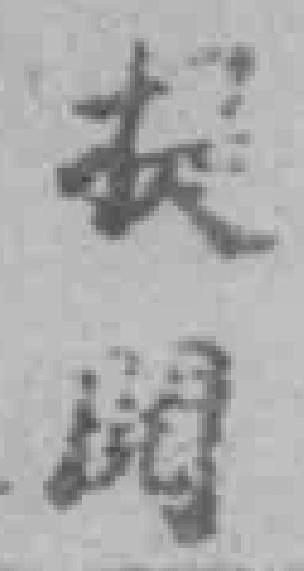
*阅